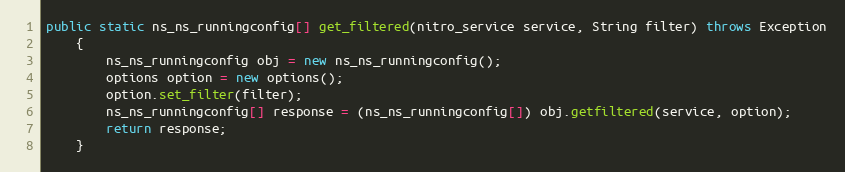
Language: Java
public static ns_ns_runningconfig[] get_filtered(nitro_service service, String filter) throws Exception
	{
		ns_ns_runningconfig obj = new ns_ns_runningconfig();
		options option = new options();
		option.set_filter(filter);
		ns_ns_runningconfig[] response = (ns_ns_runningconfig[]) obj.getfiltered(service, option);
		return response;
	}